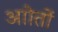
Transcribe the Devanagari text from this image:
आोतों